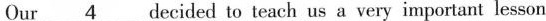
Our \underline{4} decided to teach us a very important lesson